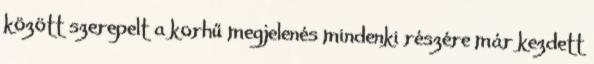
között szerepelt a korhű megjelenés mindenki részére már kezdett